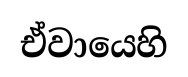
ඒවායෙහි